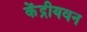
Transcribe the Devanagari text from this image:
केंद्रीयवन